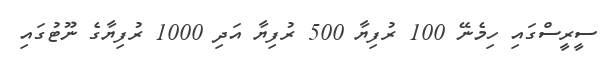
ސީރީސްގައި ހިމެނޭ 100 ރުފިޔާ 500 ރުފިޔާ އަދި 1000 ރުފިޔާގެ ނޫޓުގައި